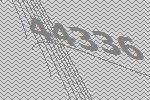
44336